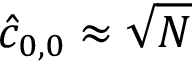
\hat { c } _ { 0 , 0 } \approx \sqrt { N }